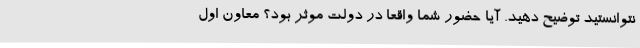
نتوانستید توضیح دهید. آیا حضور شما واقعا در دولت موثر بود؟ معاون اول